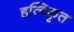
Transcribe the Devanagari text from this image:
हत्विकृत